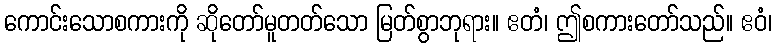
ကောင်းသောစကားကို ဆိုတော်မူတတ်သော မြတ်စွာဘုရား။ ဧတံ၊ ဤစကားတော်သည်။ ဧဝံ၊